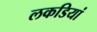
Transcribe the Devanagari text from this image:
लकडियां